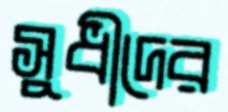
সুধীদের